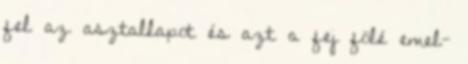
fel az asztallapot és azt a fej fölé emel-